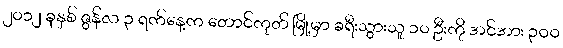
၂၀၁၂ ခုနှစ် ဇွန်လ ၃ ရက်နေ့က တောင်ကုတ် မြို့မှာ ခရီးသွားသူ ၁၀ ဦးကို အင်အား ၃ဝဝ